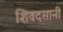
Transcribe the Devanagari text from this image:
शिवदसानी